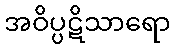
အဝိပ္ပဋိသာရော